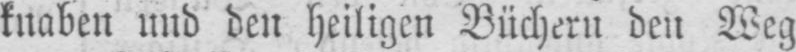
knaben und den heiligen Büchern den Weg